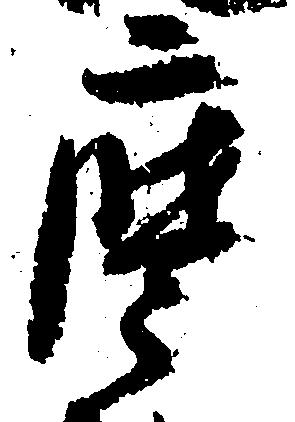
摩